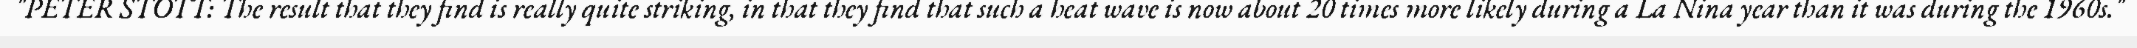
"PETER STOTT: The result that they find is really quite striking, in that they find that such a heat wave is now about 20 times more likely during a La Nina year than it was during the 1960s."